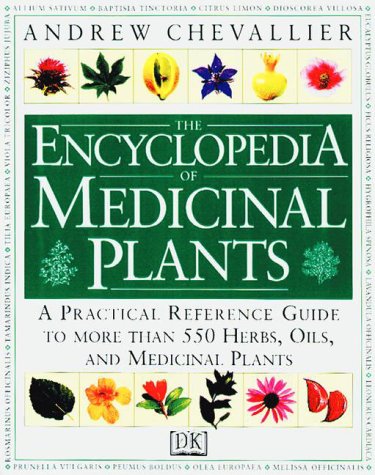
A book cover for The Encyclopedia of Medicinal Plants: A Practical Reference Guide to over 550 Key Herbs and Their Medicinal Uses; Andrew Chevallier; Medical Books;